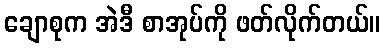
ချောစုက အဲဒီ စာအုပ်ကို ဖတ်လိုက်တယ်။